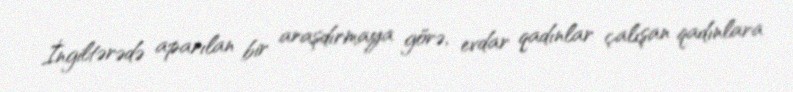
İngiltərədə aparılan bir araşdırmaya görə, evdar qadınlar çalışan qadınlara